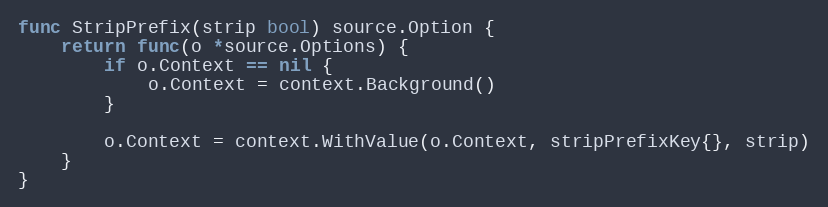
Language: Go
func StripPrefix(strip bool) source.Option {
	return func(o *source.Options) {
		if o.Context == nil {
			o.Context = context.Background()
		}

		o.Context = context.WithValue(o.Context, stripPrefixKey{}, strip)
	}
}